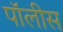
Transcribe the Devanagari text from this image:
पॉलीस